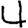
Digit: 4